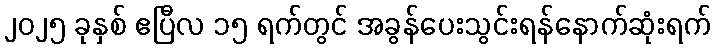
၂၀၂၅ ခုနှစ် ဧပြီလ ၁၅ ရက်တွင် အခွန်ပေးသွင်းရန်နောက်ဆုံးရက်